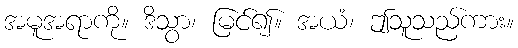
အမူအရာကို။ ဒိသွာ၊ မြင်၍။ အယံ၊ ဤသူသည်ကား။